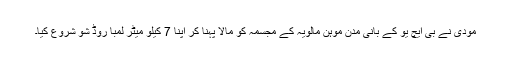
مودی نے بی ایچ یو کے بانی مدن موہن مالویہ کے مجسمہ کو مالا پہنا کر اپنا 7 کیلو میٹر لمبا روڈ شو شروع کیا۔